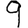
Digit: 9